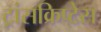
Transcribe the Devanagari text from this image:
ट्रांसक्रिप्टेस